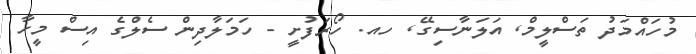
މުހައްމަދު ތަސްލީމް